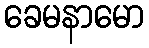
ခေမနာမော